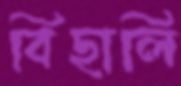
বিছালি